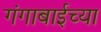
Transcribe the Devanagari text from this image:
गंगाबाईच्या